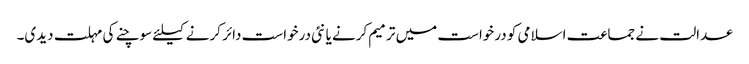
عدالت نے جماعت اسلامی کو درخواست میں ترمیم کرنے یا نئی درخواست دائر کرنے کیلئے سوچنے کی مہلت دیدی۔